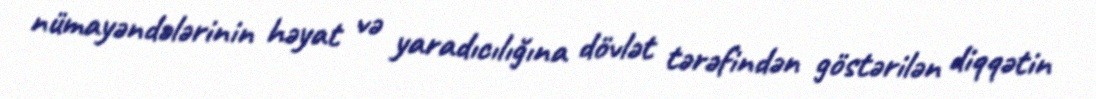
nümayəndələrinin həyat və yaradıcılığına dövlət tərəfindən göstərilən diqqətin